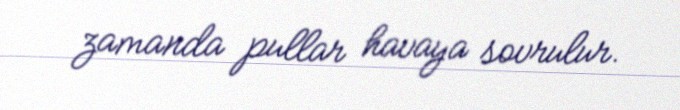
zamanda pullar havaya sovrulur.